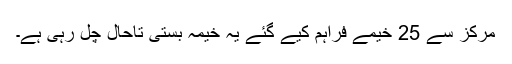
مرکز سے 25 خیمے فراہم کیے گئے یہ خیمہ بستی تاحال چل رہی ہے۔